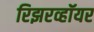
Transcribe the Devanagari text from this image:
रिझरव्हॉयर